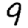
Digit: 9